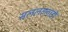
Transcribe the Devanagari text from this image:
सललल्लाहो